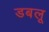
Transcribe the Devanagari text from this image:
डबलू